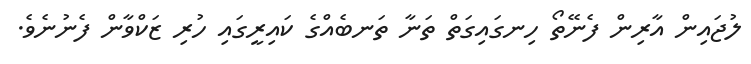
ލުޖައިން އާރިން ފެނޭތޯ ހިނގައިގަތް ތަނާ ތަނބެއްގެ ކައިރީގައި ހުރި ޒަކްވާން ފެނުނެވެ.